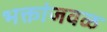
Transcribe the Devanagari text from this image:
भक्तांजवळ